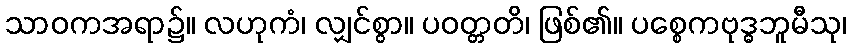
သာဝကအရာ၌။ လဟုကံ၊ လျှင်စွာ။ ပဝတ္တတိ၊ ဖြစ်၏။ ပစ္စေကဗုဒ္ဓဘူမီသု၊